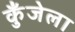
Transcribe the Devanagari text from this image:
कुँजेला